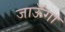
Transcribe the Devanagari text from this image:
जाऊॅगा